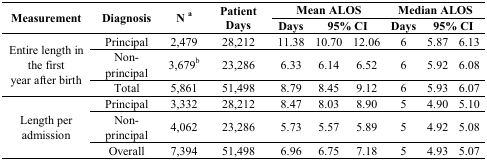
| <ROWSPAN=2> Measurement | <ROWSPAN=2> Diagnosis | <ROWSPAN=2> N a | <ROWSPAN=2> Patient Days | <COLSPAN=3> Mean ALOS | <COLSPAN=3> Median ALOS |
 | Days | <COLSPAN=2> 95% CI | Days | <COLSPAN=2> 95% CI |
 | --- | --- | --- | --- | --- | --- | --- | --- | --- | --- |
 | <ROWSPAN=3> Entire length in the first year after birth | Principal | 2,479 | 28,212 | 11.38 | 10.70 | 12.06 | 6 | 5.87 | 6.13 |
 | Non-principal | 3,679b | 23,286 | 6.33 | 6.14 | 6.52 | 6 | 5.92 | 6.08 |
 | Total | 5,861 | 51,498 | 8.79 | 8.45 | 9.12 | 6 | 5.93 | 6.07 |
 | <ROWSPAN=3> Length per admission | Principal | 3,332 | 28,212 | 8.47 | 8.03 | 8.90 | 5 | 4.90 | 5.10 |
 | Non-principal | 4,062 | 23,286 | 5.73 | 5.57 | 5.89 | 5 | 4.92 | 5.08 |
 | Overall | 7,394 | 51,498 | 6.96 | 6.75 | 7.18 | 5 | 4.93 | 5.07 |